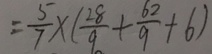
= \frac { 5 } { 7 } \times ( \frac { 2 8 } { 9 } + \frac { 6 2 } { 9 } + 6 )